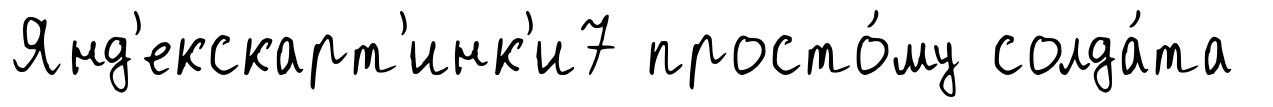
Янд'екскарт'инк'и7 просто́му солда́та